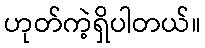
ဟုတ်ကဲ့ရှိပါတယ်။